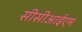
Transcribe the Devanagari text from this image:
सीसीआईएम